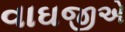
વાઘજીએ